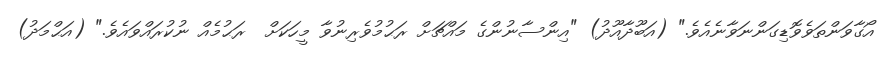
އޯގާވަންތަވެވޮޑިގަންނަވާނެއެވެ." (އަބޫދާއޫދު) "އިންސާނުންގެ މައްޗަށް ރަޙުމުވެރިނުވާ މީހަކަށް  ރަޙުމެއް ނުކުރައްވައެވެ." (އަޙްމަދު)